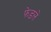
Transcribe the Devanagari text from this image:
फेडलें